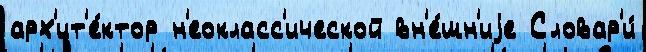
арх'ит'е́ктор н'еокласс'ической вн'е́шн'иjе Словар'и́